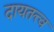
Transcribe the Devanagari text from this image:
दायतत्त्व